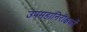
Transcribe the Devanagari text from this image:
उपमहानिरीक्षकों